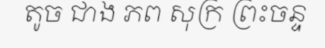
តូច ជាង ភព សុក្រ ព្រះចន្ទ